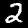
Digit: 2